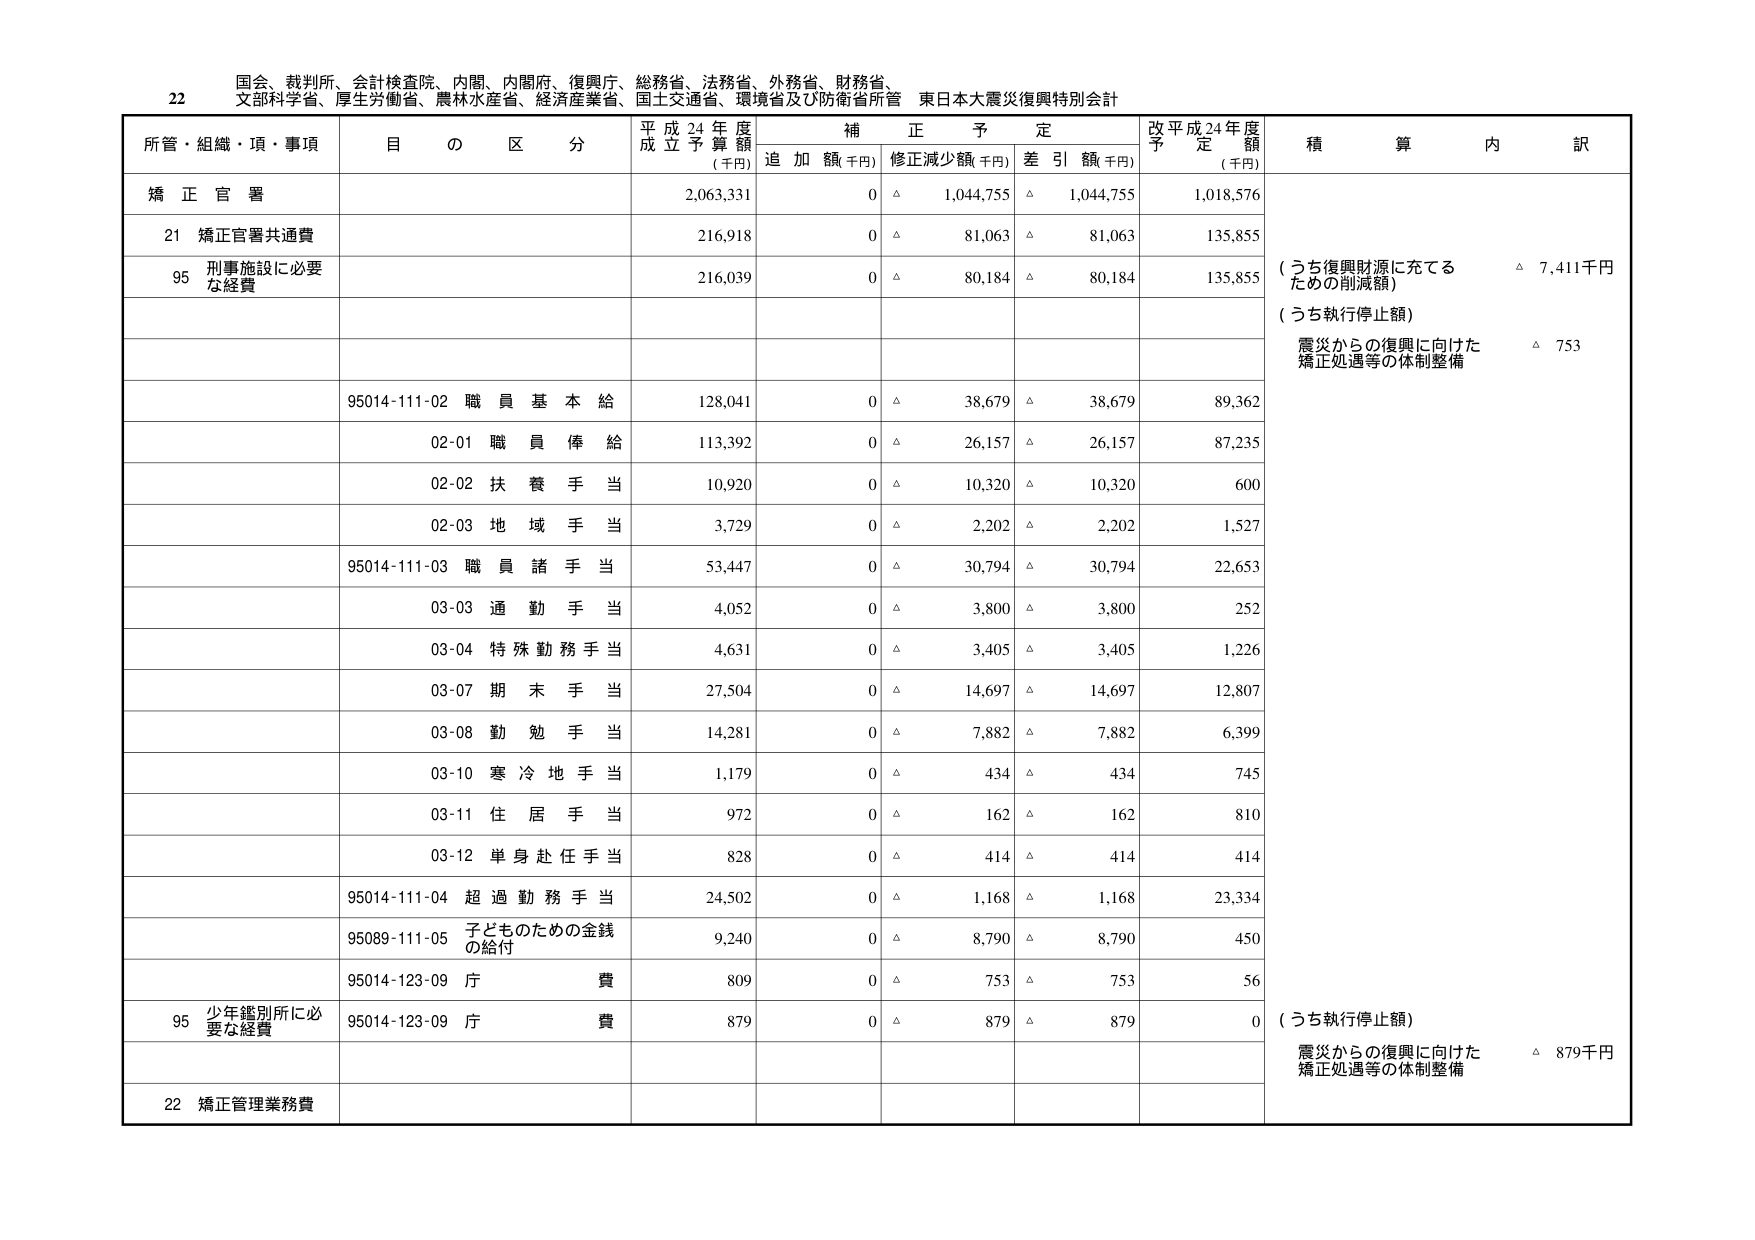
22 国会、裁判所、会計検査院、内閣、内閣府、復興庁、総務省、法務省、外務省、財務省、
文部科学省、厚生労働省、農林水産省、経済産業省、国土交通省、環境省及び防衛省所管 東日本大震災復興特別会計

所管・組織・項・事項 目の区分 平成24年度成立予算額（千円） 補正予定 追加額（千円） 修正減少額（千円） 差引額（千円） 改平成24年度予定額（千円） 積算内訳

矯正官署 2,063,331 0 △ 1,044,755 △ 1,044,755 1,018,576

21 矯正官署共通費 216,918 0 △ 81,063 △ 81,063 135,855

95 刑事施設に必要な経費 216,039 0 △ 80,184 △ 80,184 135,855 （うち復興財源に充てるための削減額） △ 7,411千円
（うち執行停止額）
震災からの復興に向けた矯正処遇等の体制整備 △ 753

95014-111-02 職員基本給 128,041 0 △ 38,679 △ 38,679 89,362

02-01 職員俸給 113,392 0 △ 26,157 △ 26,157 87,235

02-02 扶養手当 10,920 0 △ 10,320 △ 10,320 600

02-03 地域手当 3,729 0 △ 2,202 △ 2,202 1,527

95014-111-03 職員諸手当 53,447 0 △ 30,794 △ 30,794 22,653

03-03 通勤手当 4,052 0 △ 3,800 △ 3,800 252

03-04 特殊勤務手当 4,631 0 △ 3,405 △ 3,405 1,226

03-07 期末手当 27,504 0 △ 14,697 △ 14,697 12,807

03-08 勤勉手当 14,281 0 △ 7,882 △ 7,882 6,399

03-10 寒冷地手当 1,179 0 △ 434 △ 434 745

03-11 住居手当 972 0 △ 162 △ 162 810

03-12 単身赴任手当 828 0 △ 414 △ 414 414

95014-111-04 超過勤務手当 24,502 0 △ 1,168 △ 1,168 23,334

95089-111-05 子どものための金銭の給付 9,240 0 △ 8,790 △ 8,790 450

95014-123-09 庁費 809 0 △ 753 △ 753 56

95 少年鑑別所に必要な経費 95014-123-09 庁費 879 0 △ 879 △ 879 0 （うち執行停止額）
震災からの復興に向けた矯正処遇等の体制整備 △ 879千円

22 矯正管理業務費